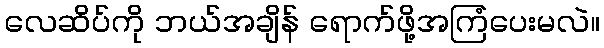
လေဆိပ်ကို ဘယ်အချိန် ရောက်ဖို့အကြံပေးမလဲ။